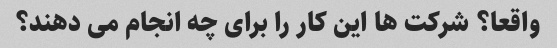
واقعا؟ شرکت ها این کار را برای چه انجام می دهند؟